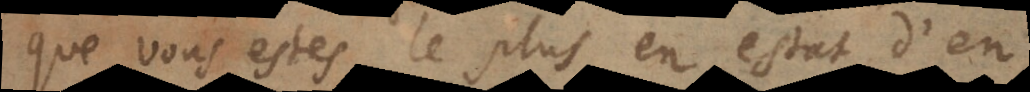
que vous estes le plus en estat d’en